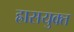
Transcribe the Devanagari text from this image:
ह्रासयुक्त